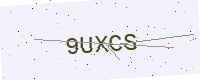
Text: 9UXCS